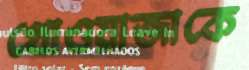
খোওয়াজাকে